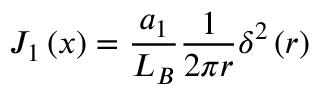
J _ { 1 } \left( x \right) = { \frac { a _ { 1 } } { L _ { B } } } { \frac { 1 } { 2 \pi r } } \delta ^ { 2 } \left( r \right)